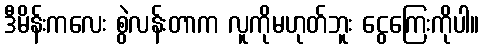
ဒီမိန်းကလေး စွဲလန်းတာက လူကိုမဟုတ်ဘူး ငွေကြေးကိုပါ။